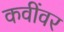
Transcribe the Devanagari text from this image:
कवींवर